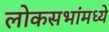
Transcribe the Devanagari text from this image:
लोकसभांमध्ये